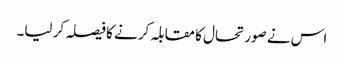
اس نے صورتحال کا مقابلہ کرنے کا فیصلہ کر لیا۔